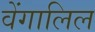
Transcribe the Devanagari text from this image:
वेंगालिल